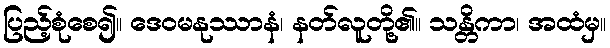
ပြည့်စုံစေ၍။ ဒေဝမနုဿာနံ၊ နတ်လူတို့၏။ သန္တိကာ၊ အထံမှ။